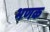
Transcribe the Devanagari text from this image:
भणक